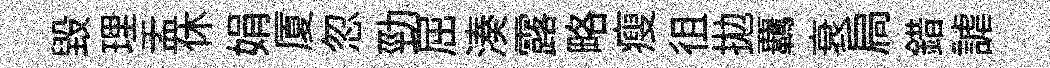
毁理盂休娟厦忽勁屈湊露略瘦徂拋覊衰扃錯謔